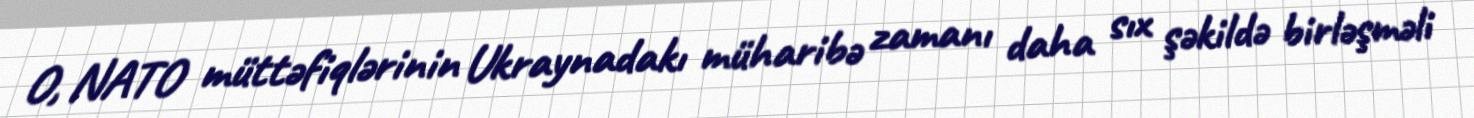
O, NATO müttəfiqlərinin Ukraynadakı müharibə zamanı daha sıx şəkildə birləşməli